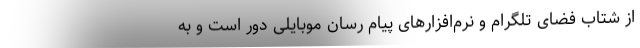
از شتاب فضای تلگرام و نرم‌افزارهای پیام رسان موبایلی دور است و به